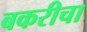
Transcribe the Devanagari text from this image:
बकरीचा